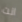
انت